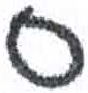
אות: ס